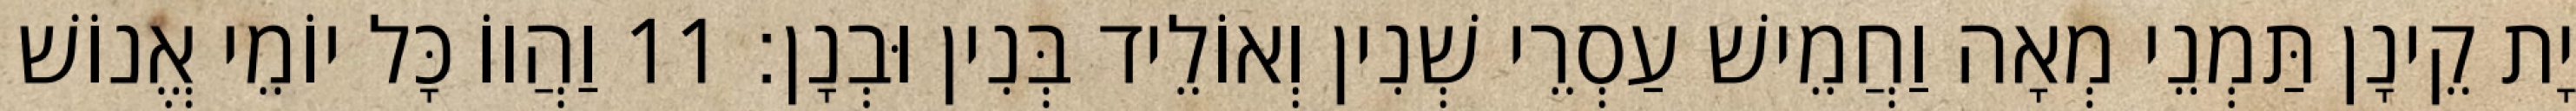
יָת קֵינָן תַּמְנֵי מְאָה וַחֲמֵישׁ עַסְרֵי שְׁנִין וְאוֹלֵיד בְּנִין וּבְנָן׃ 11 וַהֲווֹ כָּל יוֹמֵי אֱנוֹשׁ